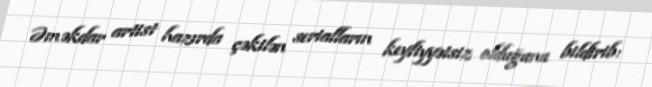
Əməkdar artist hazırda çəkilən serialların keyfiyyətsiz olduğunu bildirib: